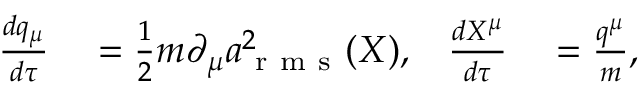
\begin{array} { r l r l } { \frac { d q _ { \mu } } { d \tau } } & { { } = \frac { 1 } { 2 } m \partial _ { \mu } a _ { \mathrm { ~ r ~ m ~ s ~ } } ^ { 2 } ( X ) , } & { \frac { d X ^ { \mu } } { d \tau } } & { { } = \frac { q ^ { \mu } } { m } , } \end{array}